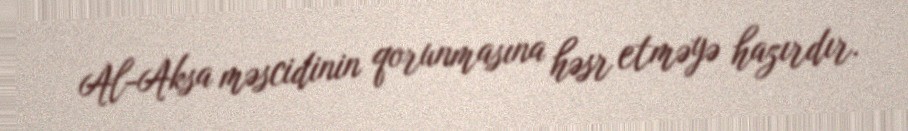
Al-Aksa məscidinin qorunmasına həsr etməyə hazırdır.